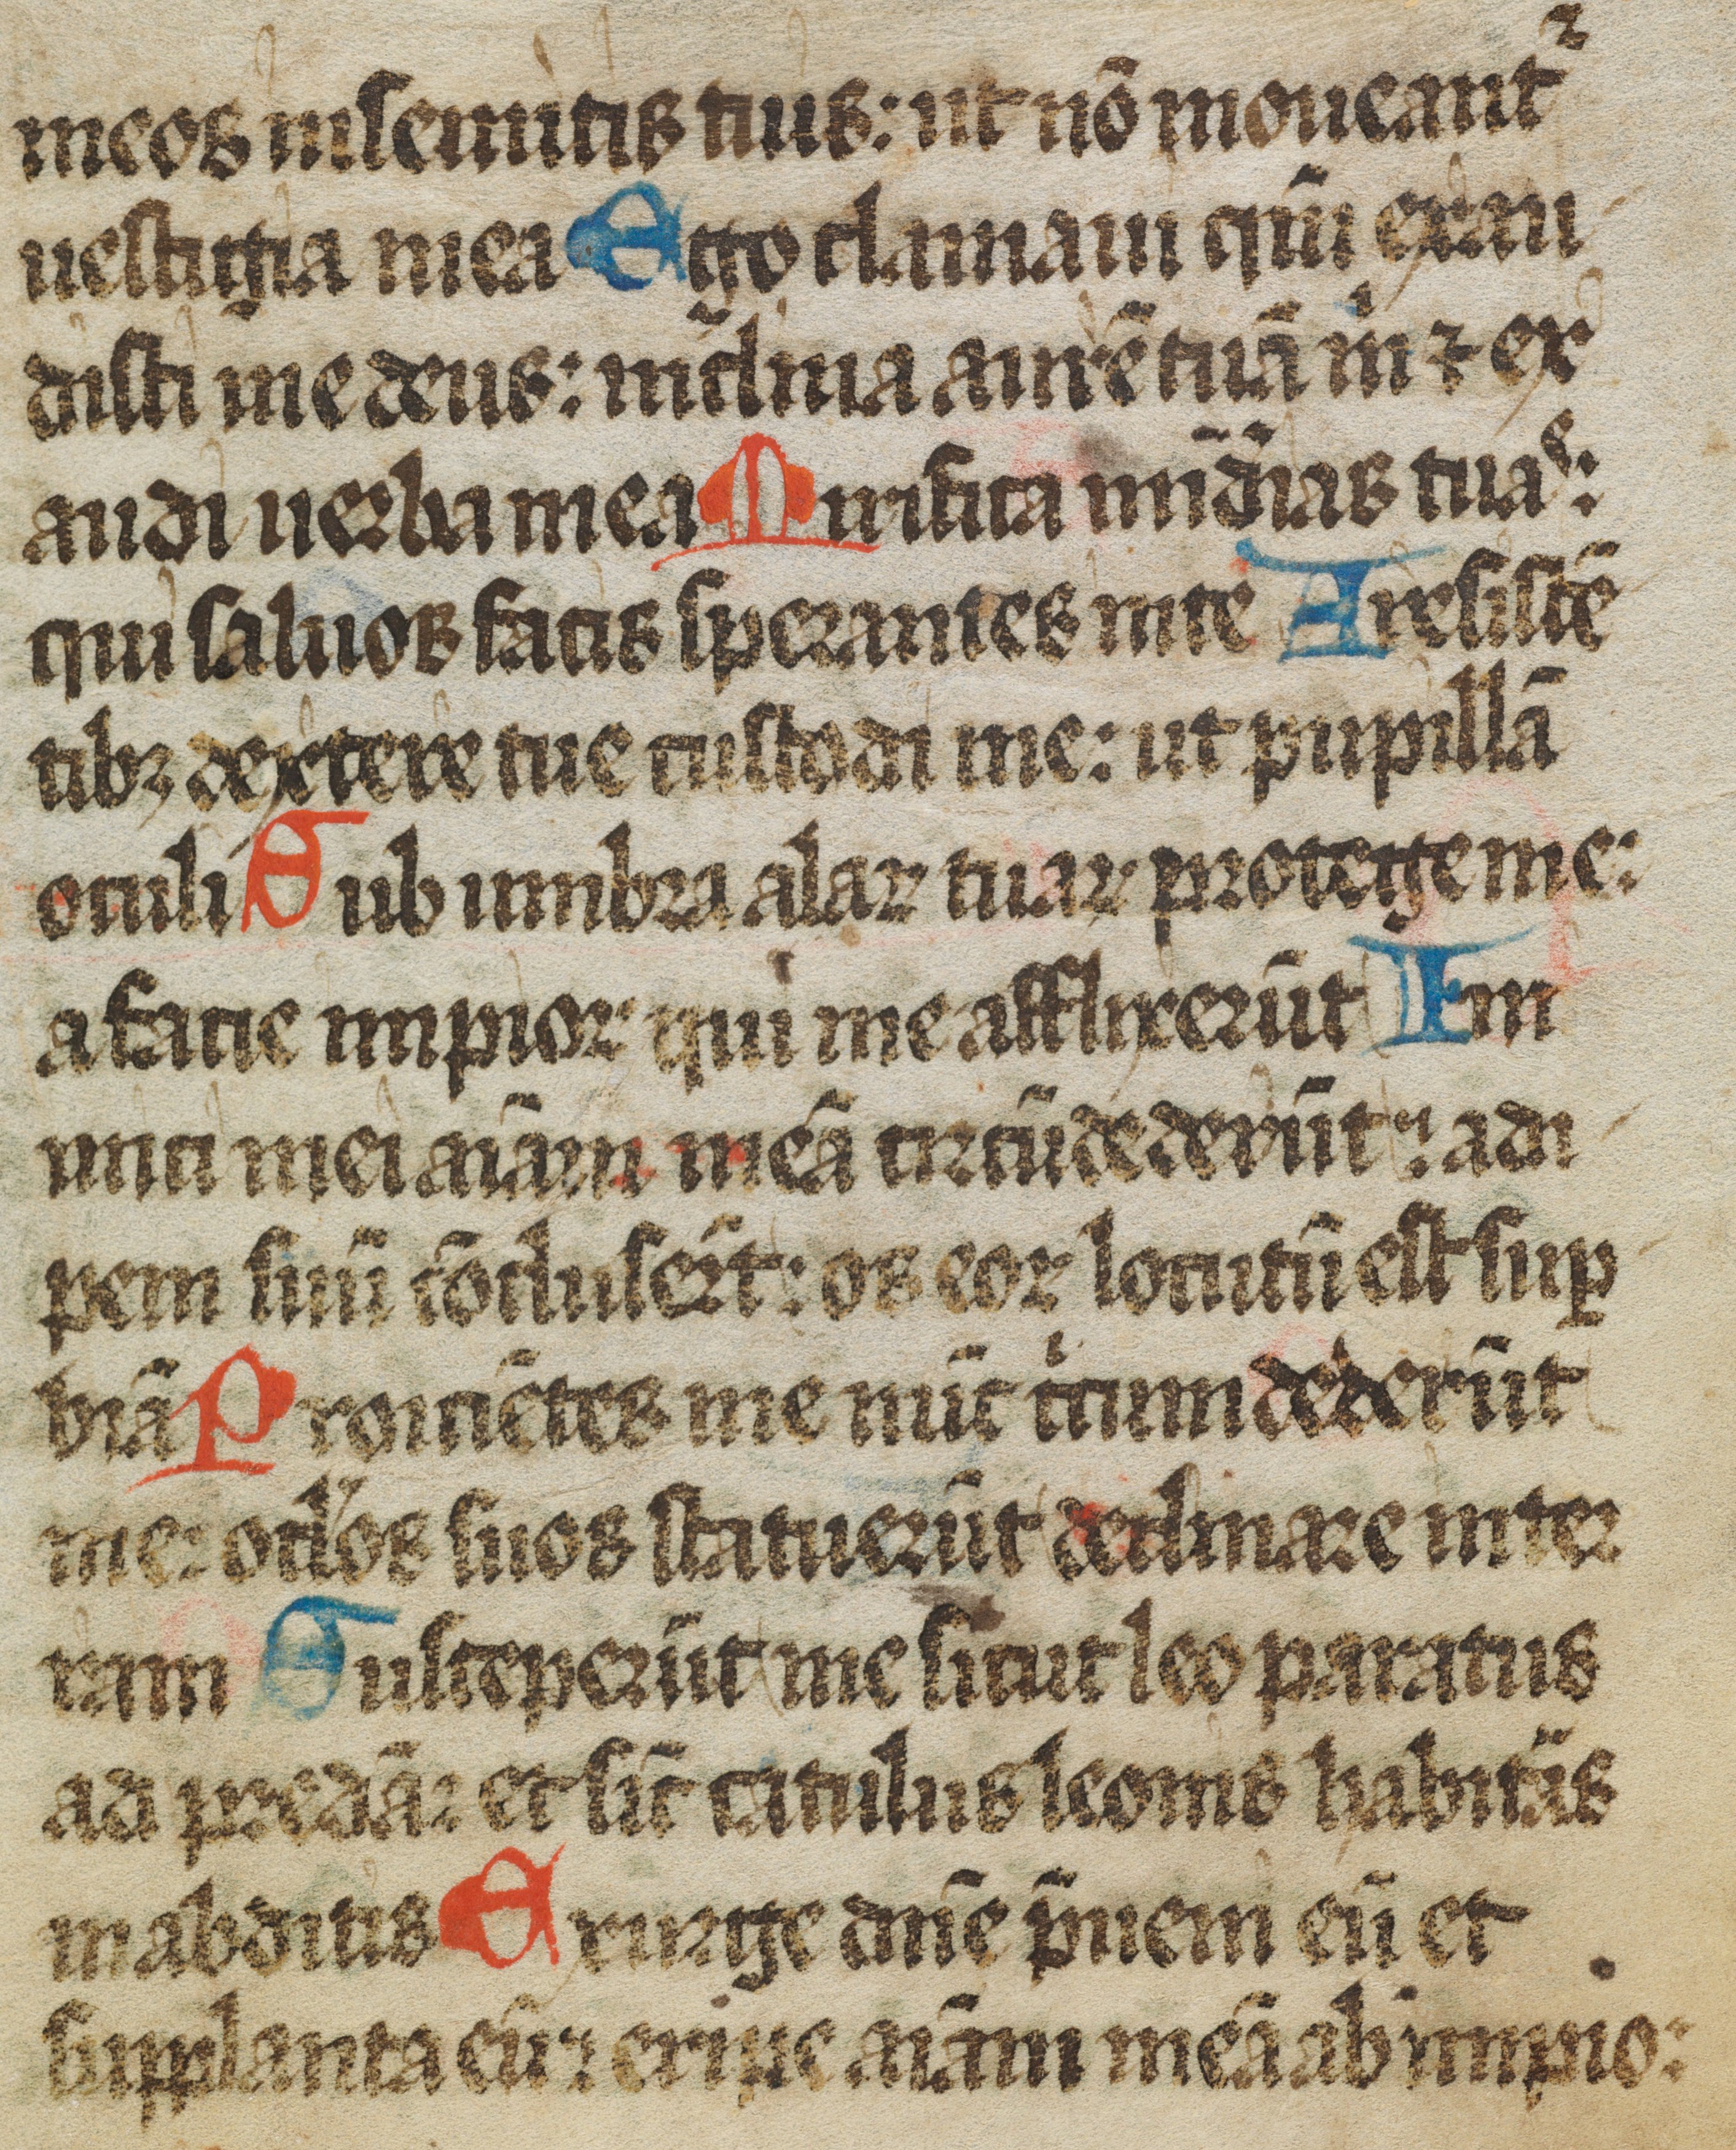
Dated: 1450–1499